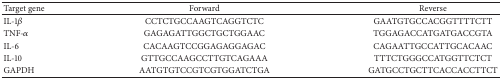
<table><thead><tr><td><b>Target gene</b></td><td><b>Forward</b></td><td><b>Reverse</b></td></tr></thead><tbody><tr><td>IL-1<i>β</i></td><td>CCTCTGCCAAGTCAGGTCTC</td><td>GAATGTGCCACGGTTTTCTT</td></tr><tr><td>TNF-<i>α</i></td><td>GAGAGATTGGCTGCTGGAAC</td><td>TGGAGACCATGATGACCGTA</td></tr><tr><td>IL-6</td><td>CACAAGTCCGGAGAGGAGAC</td><td>CAGAATTGCCATTGCACAAC</td></tr><tr><td>IL-10</td><td>GTTGCCAAGCCTTGTCAGAAA</td><td>TTTCTGGGCCATGGTTCTCT</td></tr><tr><td>GAPDH</td><td>AATGTGTCCGTCGTGGATCTGA</td><td>GATGCCTGCTTCACCACCTTCT</td></tr></tbody></table>